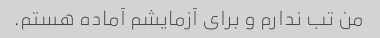
من تب ندارم و برای آزمایشم آماده هستم.